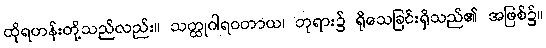
ထိုရဟန်းတို့သည်လည်း။ သတ္ထုဂါရဝတာယ၊ ဘုရား၌ ရိုသေခြင်းရှိသည်၏ အဖြစ်၌။